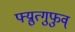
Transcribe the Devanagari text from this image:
फ्य्रुत्गुफुव्